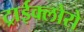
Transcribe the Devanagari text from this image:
ट्राईक्लोरो